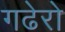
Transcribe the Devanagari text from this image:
गढेरो